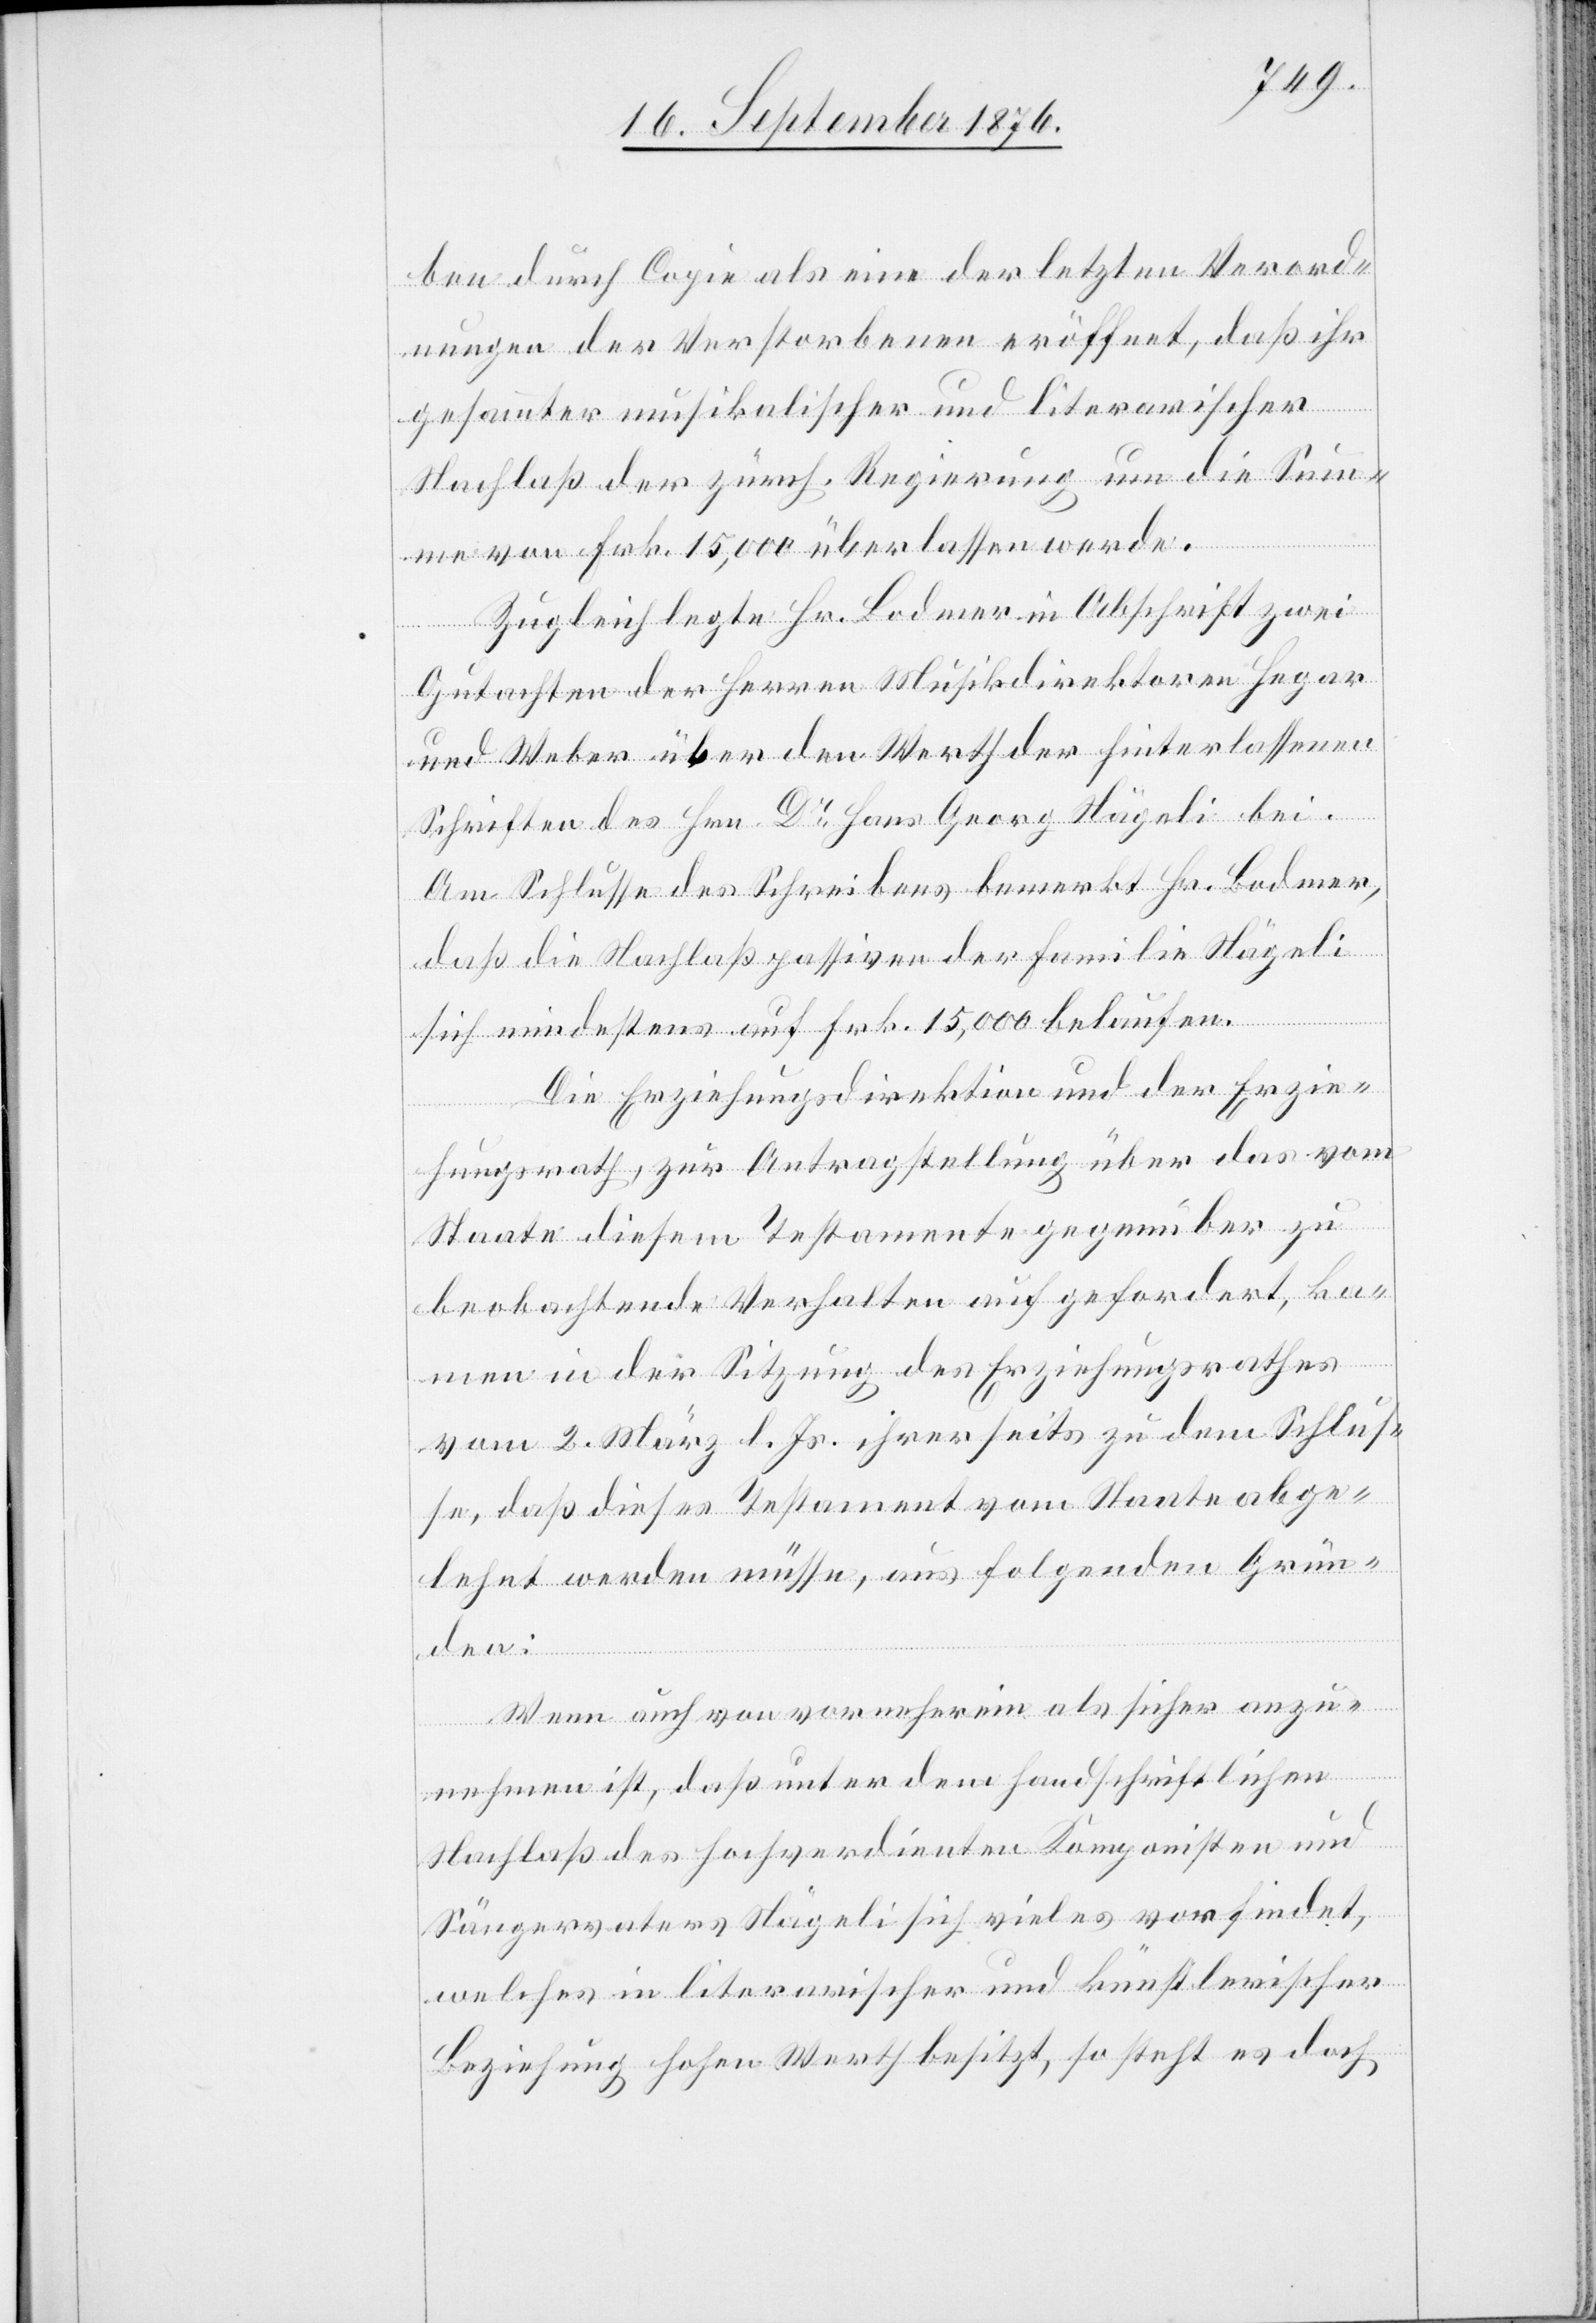
ben durch Copie als eine der letzten Verord¬
nungen der Verstorbenen eröffnet, daß ihr
gesammten musikalischer und literarischer
Nachlaß der zürch. Regierung um die Sum¬
me von Frk. 15,000 überlassen werde.
Zugleich legte Hr. Bodmer in Abschrift zwei
Gutachter der Herren Musikdirektoren Hegar
und Weber über den Werth der hinterlassenen
Schriften des Hrn. Dr Hans Georg Nägeli bei.
Am Schlusse des Schreibens bemerkt Hr. Bodmer,
daß die Nachlaßpassiven der Familie Nägeli
sich mindestens auf Frk. 15,000 belaufen.
Die Erziehungsdirektion und der Erzie¬
hungsrath, zur Antragstellung über das vom
Staate diesem Testamente gegenüber zu
beobachtende Verhalten aufgefordert, ka¬
men in der Sitzung des Erziehungsrathes
vom 2. März l. Js. ihrerseits zu dem Schlus¬
se, daß dieses Testament vom Staate abge¬
lehnt werden müsse, aus folgenden Grün¬
den:
Wenn auch von vornherein als sicher anz¬
unehmen ist, daß unter dem handschriftlichen
Nachlaß des hochverdienten Komponisten und
Sängervaters Nägeli sich vieles vorfindet,
welches in literarischer und künstlerischer
Beziehung schon Werth besitzt, so steht es doch